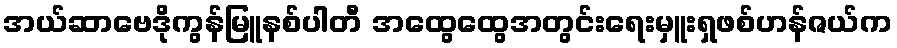
အယ်ဆာဗေဒိုကွန်မြူနစ်ပါတီ အထွေထွေအတွင်းရေးမှူးရှဖစ်ဟန်ဇယ်က